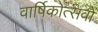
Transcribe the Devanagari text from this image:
वार्षिकोत्सवों